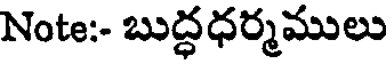
Note:- బుద్ధధర్మములు